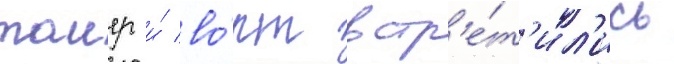
таиер и́ во́рт встр'е́т'ил'ись